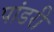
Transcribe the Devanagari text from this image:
पांडरी